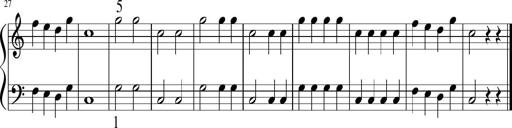
Title: 6 Instructive Sonatinas
Composer: Jacob Schmitt